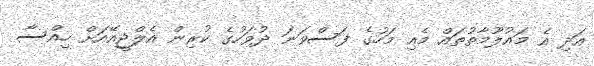
އަދި އެ މައުލޫމާތުތައް މެއި މަހުގެ ފަސްވަނަ ދުވަހުގެ ކުރިން އެލްޖީއޭއަށް ހިއްސާ